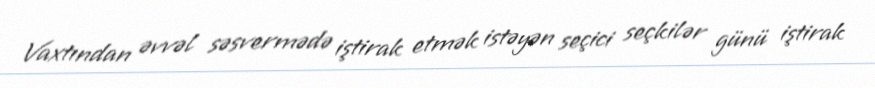
Vaxtından əvvəl səsvermədə iştirak etmək istəyən seçici seçkilər günü iştirak